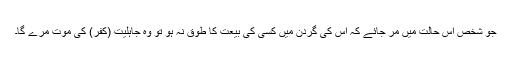
جو شخص اس حالت میں مر جائے کہ اس کی گردن میں کسی کی بیعت کا طوق نہ ہو تو وہ جاہلیت (کفر) کی موت مرے گا۔